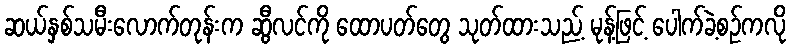
ဆယ်နှစ်သမီးလောက်တုန်းက ဆွီလင်ကို ထောပတ်တွေ သုတ်ထားသည့် မုန့်ဖြင့် ပေါက်ခဲ့စဉ်ကလို